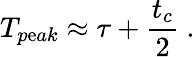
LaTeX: T_{p\mathrm{e}ak}\approx\tau+\frac{{t_{c}}}{{2}}~.